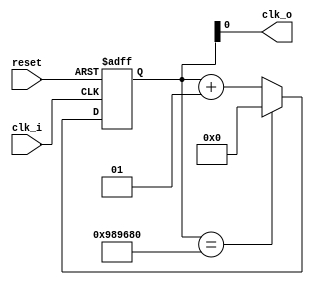
module Frequency_Divisor
(	input clk_i, 
	input reset,
	output clk_o
);

  localparam SPEED= 10000000; 
  integer counter = 0;
   
  always@ (negedge reset, posedge clk_i) begin
	   if (reset == 1'b0 ) begin 
			counter <= 0;
		end
	   else begin
				if (counter == SPEED) counter <=0;
				else counter <= counter + 1;
		end		
	end
	
	assign clk_o = counter;
	
endmodule